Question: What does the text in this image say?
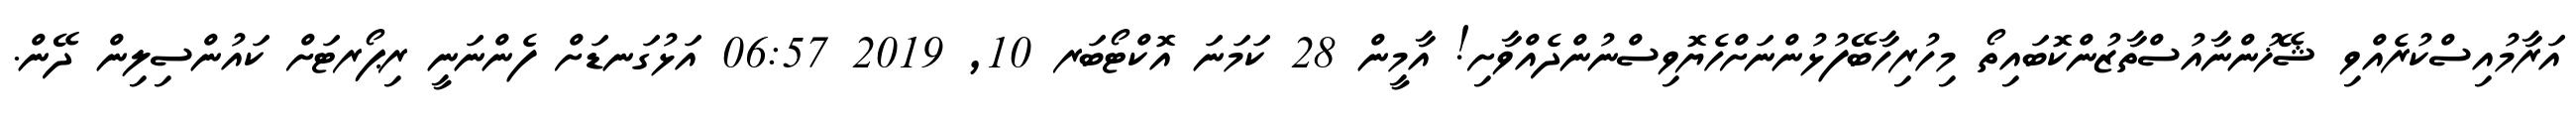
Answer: އަރާމުއިސްކުރެއްވި ޝޭޚުންނާއުސްތާޒުންކޮބައިތޯ މިހުރިހާބޭފުޅުންނަށްހެޔޮވިސްނުންދެއްވާށި! އާމީން 28 ކަމަނަ އޮކްޓޯބަރ 10, 2019 06:57 އަޅުގަނޑަށް ފެންނަނީ ރިޕޯރޓަށް ކައުންސިލިން ދޭން.